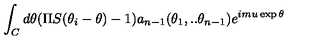
\int _ { C } d \theta ( \Pi S ( \theta _ { i } - \theta ) - 1 ) a _ { n - 1 } ( \theta _ { 1 } , . . \theta _ { n - 1 } ) e ^ { i m u \exp \theta }